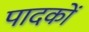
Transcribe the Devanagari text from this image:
पादकों